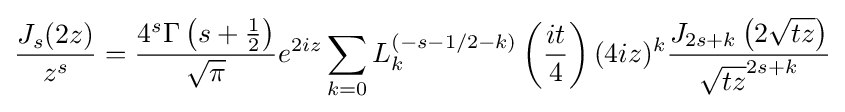
{\frac {J_{s}(2z)}{z^{s}}}={\frac {4^{s}\Gamma \left(s+{\frac {1}{2}}\right)}{\sqrt {\pi }}}e^{2iz}\sum _{k=0}L_{k}^{(-s-1/2-k)}\left({\frac {it}{4}}\right)(4iz)^{k}{\frac {J_{2s+k}\left(2{\sqrt {tz}}\right)}{{\sqrt {tz}}^{2s+k}}}